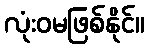
လုံးဝမဖြစ်နိုင်။